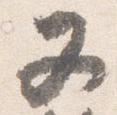
又